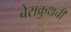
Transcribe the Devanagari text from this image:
बेराक्रुथची